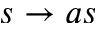
s \rightarrow a s